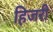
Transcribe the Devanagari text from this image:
हिजरी